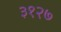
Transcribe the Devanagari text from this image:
३१२७